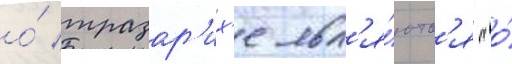
о́ тразар'их'е явл'я́ютс'я "о́